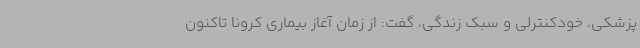
پزشکی، خودکنترلی و سبک زندگی، گفت: از زمان آغاز بیماری کرونا تاکنون